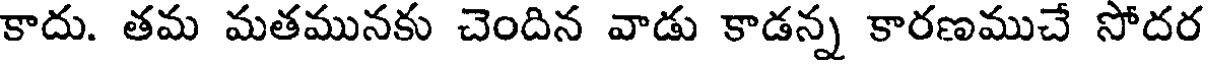
కాదు. తమ మతమునకు చెందిన వాడు కాడన్న కారణముచే సోదర